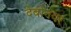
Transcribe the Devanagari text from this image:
देबोनयर